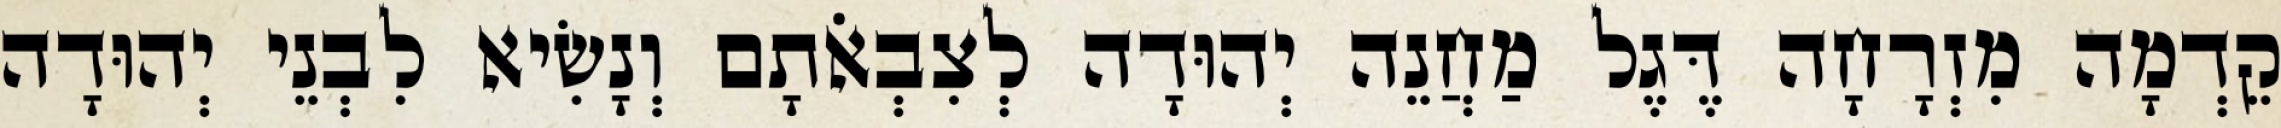
קֵדְמָה מִזְרָחָה דֶּגֶל מַחֲנֵה יְהוּדָה לְצִבְאֹתָם וְנָשִׂיא לִבְנֵי יְהוּדָה